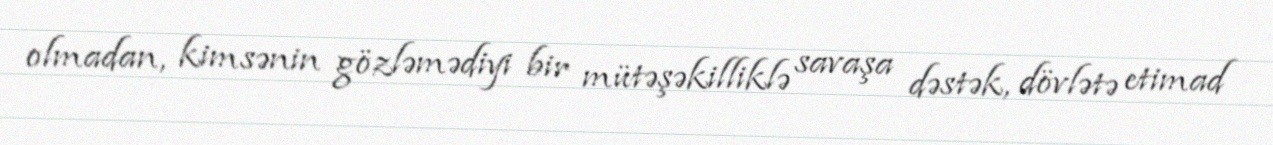
olmadan, kimsənin gözləmədiyi bir mütəşəkilliklə savaşa dəstək, dövlətə etimad